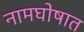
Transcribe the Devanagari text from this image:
नामघोषात